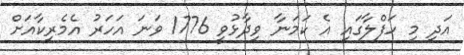
އަދި މި ހަފްލާގައި އެ ކަމަނާ ވިދާޅުވީ 1776 ވަނަ އަހަރު އެމެރިކާއަށް